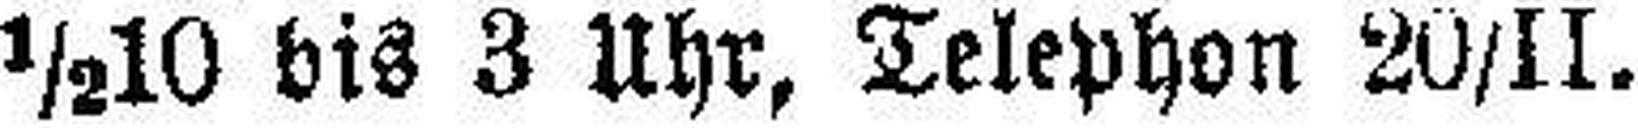
½10 bis 3 Uhr, Telephon 20/II.